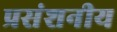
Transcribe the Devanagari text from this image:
प्रसंशनीय